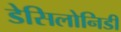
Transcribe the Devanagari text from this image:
डेसिलोनिडी